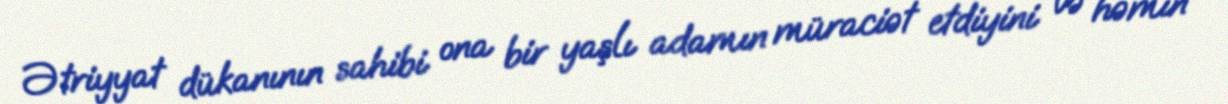
Ətriyyat dükanının sahibi ona bir yaşlı adamın müraciət etdiyini və həmin